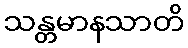
သန္တမာနသာတိ